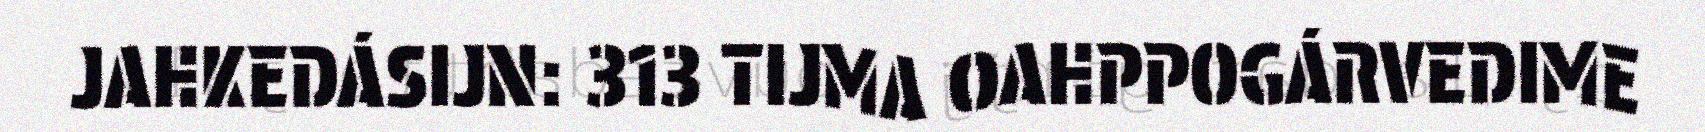
JAHKEDÁSIJN: 313 TIJMA OAHPPOGÁRVEDIME